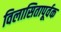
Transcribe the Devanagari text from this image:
विलासितापूर्वक